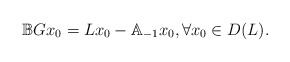
\begin{align*} \mathbb{B}Gx_0=Lx_0-\mathbb{A}_{-1}x_0, \forall x_0\in D(L).\end{align*}